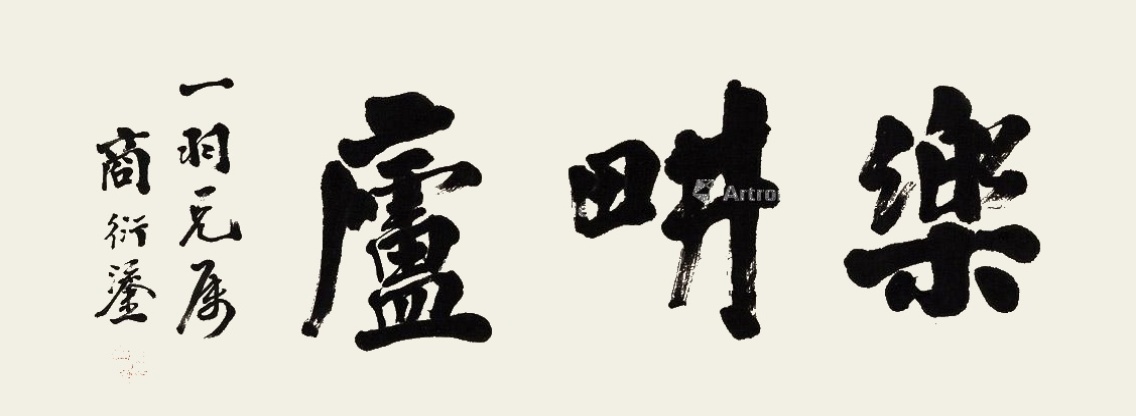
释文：乐畊庐一羽兄属，商衍鎏。